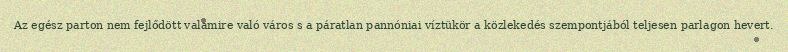
Az egész parton nem fejlődött valamire való város s a páratlan pannóniai víztükör a közlekedés szempontjából teljesen parlagon hevert.